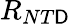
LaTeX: R_{NT\mathsf{D}}